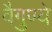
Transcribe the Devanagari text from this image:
वैगुण्ये